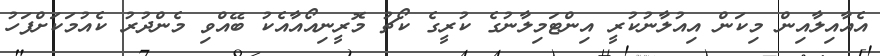
އެއާއިލާއިން މިކަން އިއުލާނުކުރީ އިންޓަމިލާނުގެ ކުރީގެ ކޯޗު މޮރީނިއޯއާއެކު ބޭއްވި މެންދުރު ކެއުމަކަށްފަހު